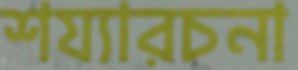
শয্যারচনা